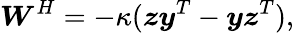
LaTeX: \boldsymbol{W}^{H}=-\kappa(\boldsymbol{z}\boldsymbol{y}^{T}-\boldsymbol{y}\boldsymbol{z}^{T}),